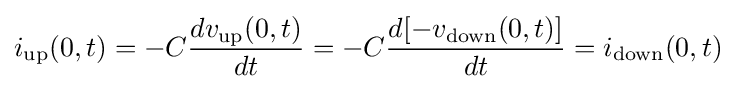
i_{\text{up}}(0,t)=-C{dv_{\text{up}}(0,t) \over dt}=-C{d[-v_{\text{down}}(0,t)] \over dt}=i_{\text{down}}(0,t)